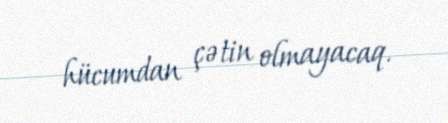
hücumdan çətin olmayacaq.